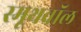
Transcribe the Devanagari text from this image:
स्मूथवॉल